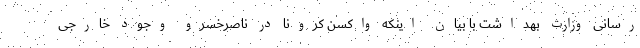
رسانی وزارت بهداشت با بیان اینکه واکسن کرونا در ناصرخسرو وجود خارجی